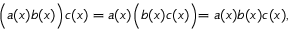
\Bigl ( a ( x ) b ( x ) \Bigl ) c ( x ) = a ( x ) \Bigl ( b ( x ) c ( x ) \Bigl ) = a ( x ) b ( x ) c ( x ) ,